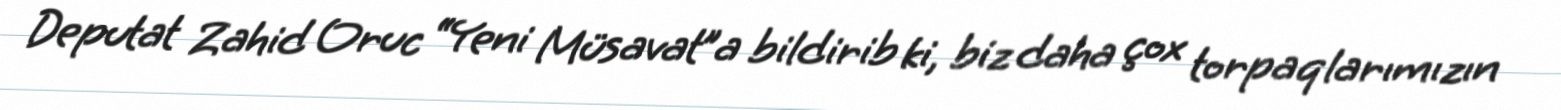
Deputat Zahid Oruc “Yeni Müsavat”a bildirib ki, biz daha çox torpaqlarımızın